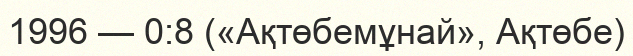
1996 — 0:8 («Ақтөбемұнай», Ақтөбе)